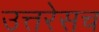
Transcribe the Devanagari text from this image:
उत्तरेसच